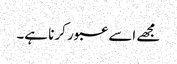
مجھے اسے عبور کرنا ہے۔